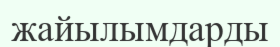
жайылымдарды